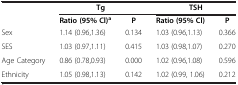
<table><thead><tr><td rowspan="2"><b> </b></td><td colspan="2"><b>Tg</b></td><td colspan="2"><b>TSH</b></td></tr><tr><td><b>Ratio (95% Cl)<sup>a</sup></b></td><td><b>P</b></td><td><b>Ratio (95% Cl)</b></td><td><b>P</b></td></tr></thead><tbody><tr><td>Sex</td><td>1.14 (0.96,1.36)</td><td>0.134</td><td>1.03 (0.96,1.13)</td><td>0.366</td></tr><tr><td>SES</td><td>1.03 (0.97,1.11)</td><td>0.415</td><td>1.03 (0.98,1.07)</td><td>0.270</td></tr><tr><td>Age Category</td><td>0.86 (0.78,0.93)</td><td>0.000</td><td>1.02 (0.96,1.08)</td><td>0.596</td></tr><tr><td>Ethnicity</td><td>1.05 (0.98,1.13)</td><td>0.142</td><td>1.02 (0.99, 1.06)</td><td>0.212</td></tr></tbody></table>